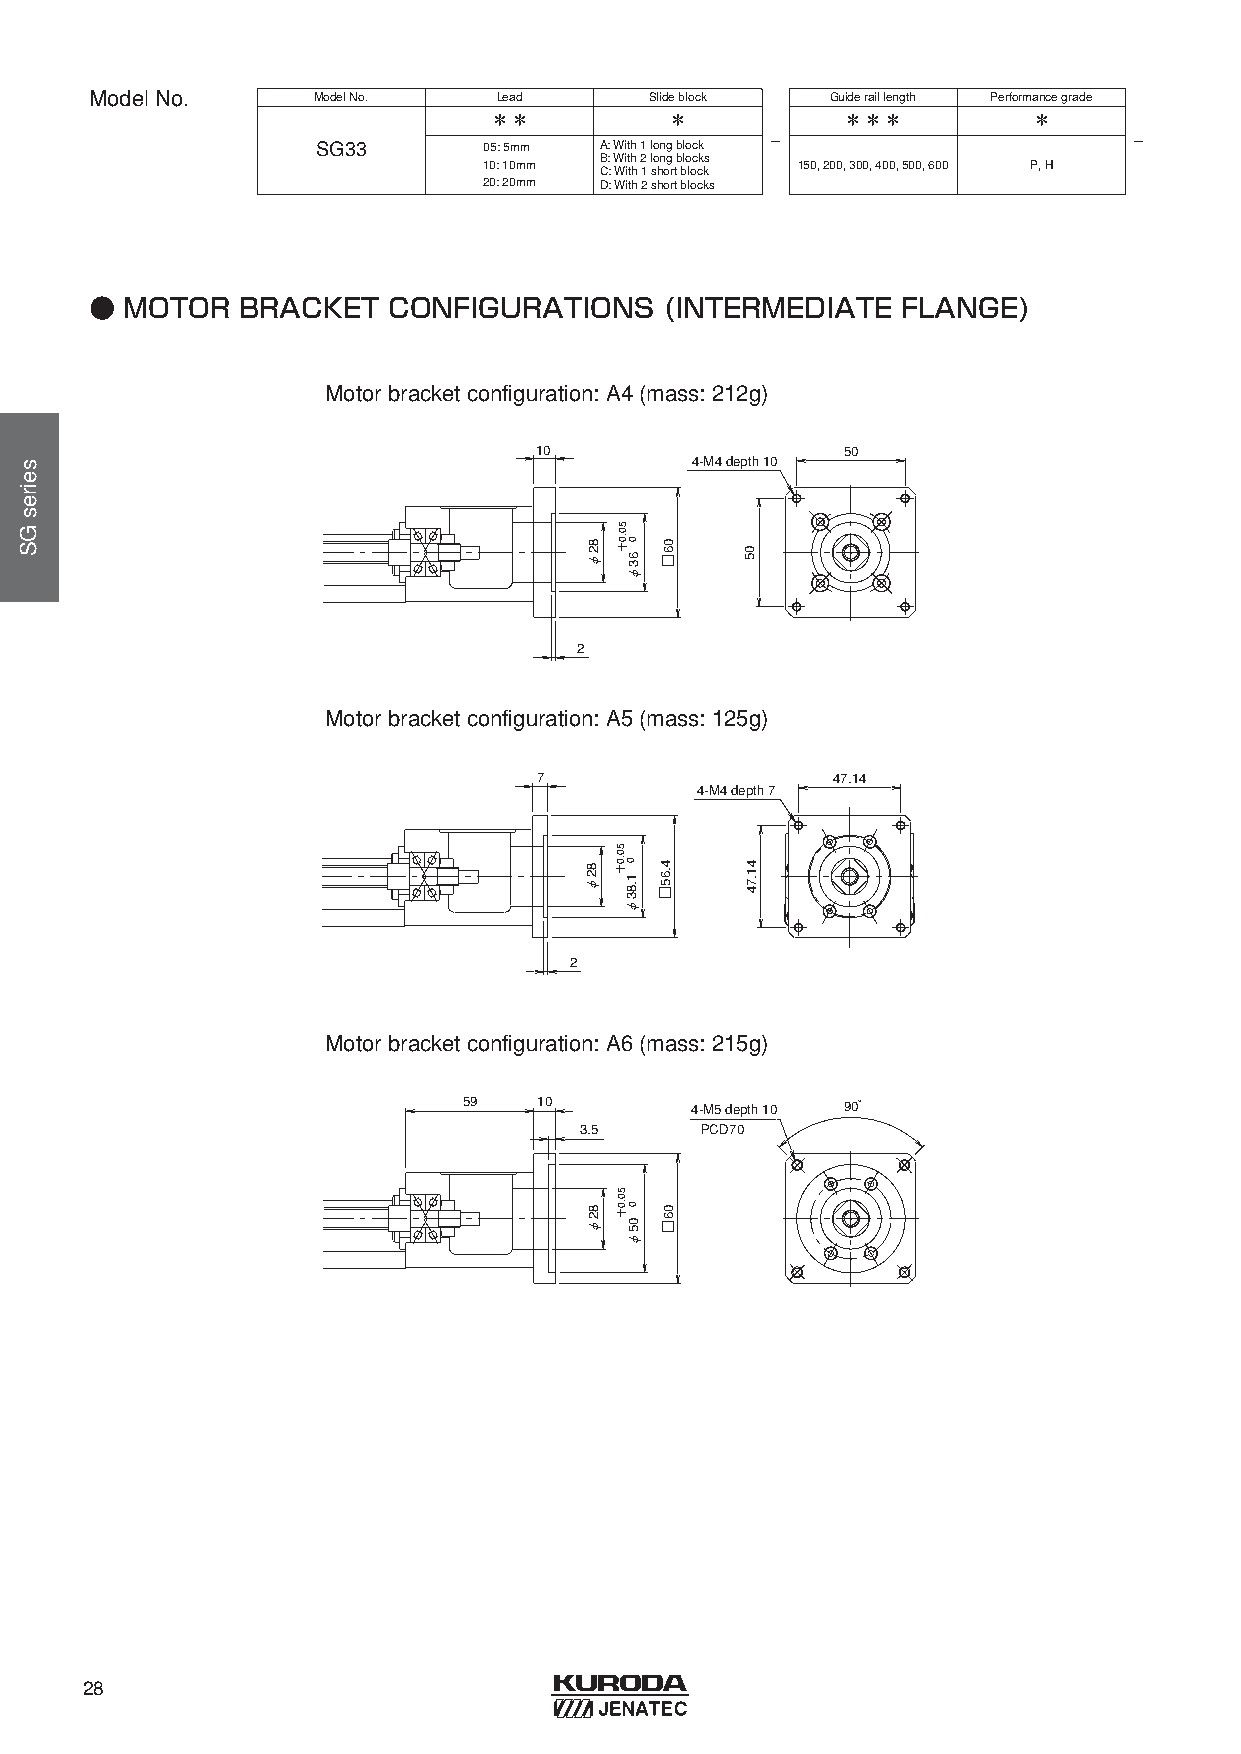
ModelNo.       ModelNo.    Lead      Slideblock  Guideraillength Performancegrade
 ＊＊          ＊           ＊＊＊         ＊
 -                       -
 SG33       05: 5mm0 A: With1 longblock
 B: With2 longblocks
 10: 10mm             150, 200, 300, 400, 500, 600 P, H
 C: With1 shortblock
 20: 20mm D: With2 shortblocks
 ● MOTOR   BRACKET   CONFIGURATIONS    (INTERMEDIATE   FLANGE)
 Motorbracketconfiguration: A4 (mass: 212g)
 10                   50
 4-M4 depth 10
 2
 Motorbracketconfiguration: A5 (mass: 125g)
 7                  47.14
 4-M4 depth 7
 2
 Motorbracketconfiguration: A6 (mass: 215g)
 59   10        4-M5 depth 10 90°
 3.5     PCD70
 28
 seiresGS
 82φ
 82φ
 82φ
 5 0.0
 0＋
 63φ
 5 0.0
 0＋
 1.83φ
 5 0.0
 0＋
 05φ
 06□
 4.65□
 06□
 05
 41.74